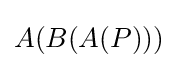
A(B(A(P)))